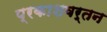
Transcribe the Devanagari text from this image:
प्रकाशवर्तन